Medical and sanitary report of the native army of Bengal for the year
Year: 1875
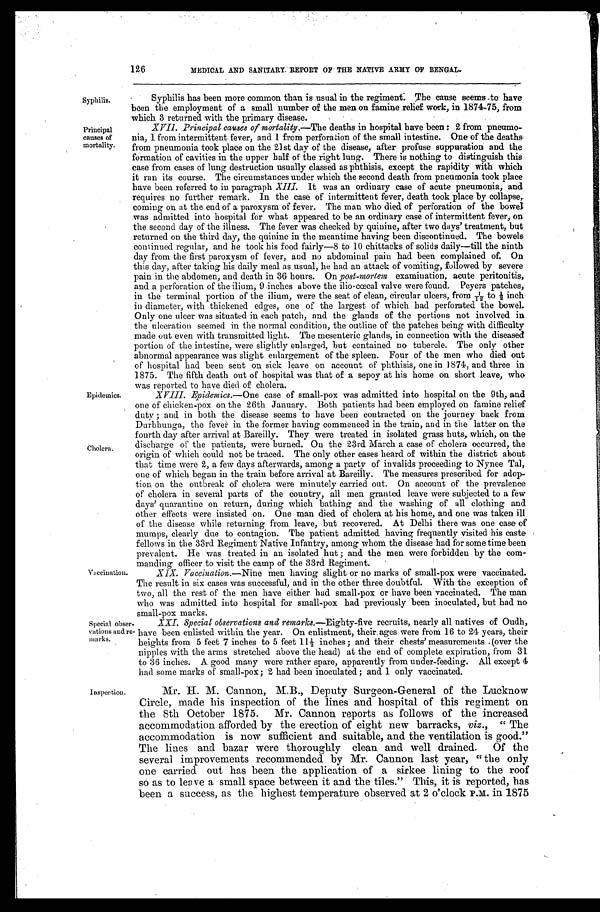
126
MEDICAL AND SANITARY REPORT OF THE NATIVE ARMY OF BENGAL.
Syphilis Syphilis has been more common than is usual in the regiment. The cause seems to have
been the employment of a small number of the men on famine relief work, in 1874-75, from
which 3 returned with the primary disease.
Principal
causes of
mortality.
XVII. Principal causes of mortality.— The deaths in hospital have been: 2 from pneumo-
nia, 1 from intermittent fever, and 1 from perforation of the small intestine. One of the deaths
from pneumonia took place on the 21st day of the disease, after profuse suppuration and the
formation of cavities in the upper half of the right lung. There is nothing to distinguish this
case from cases of lung destruction usually classed as phthisis, except the rapidity with which
it ran its course. The circumstances under which the second death from pneumonia took place
have been referred to in paragraph XIII. It was an ordinary case of acute pneumonia, and
requires no further remark. In the case of intermittent fever, death took place by collapse,
coming on at the end of a paroxysm of fever. The man who died of perforation of the bowel
was admitted into hospital for what appeared to be an ordinary case of intermittent fever, on
the second day of the illness. The fever was checked by quinine, after two days' treatment,
but returned on the third day, the quinine in the meantime having been discontinued. The bowels
continued regular, and he took his food fairly—8 to 10 chittacks of solids daily—till the ninth
day from the first paroxysm of fever, and no abdominal pain had been complained of. On
this day, after taking his daily meal as usual, he had an attack of vomiting, followed by severe
pain in the abdomen, and death in 36 hours. On post-mortem examination, acute peritonitis,
and a perforation of the ilium, 9 inches above the ilio-cœcal valve were found. Peyers patches,
in the terminal portion of the ilium, were the seat of clean, circular ulcers, from 1/12 to 1/2 inch
in diameter, with thickened edges, one of the largest of which bad perforated the bowel.
Only one ulcer was situated in each patch, and the glands of the portions not involved in
the ulceration seemed in the normal condition, the outline of the patches being with difficulty
made out even with transmitted light. The mesenteric glands, in connection with the diseased
portion of the intestine, were slightly enlarged, but contained no tubercle. The only other
abnormal appearance was slight enlargement of the spleen. Four of the men who died out
of hospital had been sent on sick leave on account of phthisis, one in 1874, and three in
1875. The fifth death out of hospital was that of a sepoy at his home on short leave, who
was reported to have died of cholera.
Epidemics.
Cholera.
XVIII. Epidemics.—One case of small-pox was admitted into hospital on the 9th, and
one of chicken-pox on the 26th January. Both patients had been employed on famine relief
duty; and in both the disease seems to have been contracted on the journey back from
Durbhunga, the fever in the former having commenced in the train, and in the latter on the
fourth day after arrival at Bareilly. They were treated in isolated grass huts, which, on the
discharge of the patients, were burned. On the 23rd March a case of cholera occurred, the
o r i g i n o f w h i c h c o u l d n o t b e t r a c e d . T h e o n l y o t h e r c a s e s h e a r d o f w i t h i n t h e d i s t r i c t a b o u t
that time were 2, a few days afterwards, among a party of invalids proceeding to Nynee Tal,
one of which began in the train before arrival at Bareilly. The measures prescribed for adop
- t i o n o n t h e o u t b r e a k o f c h o l e r a w e r e m i n u t e l y c a r r i e d o u t . O n a c c o u n t o f t h e p r e v a l e n c e
of cholera in several parts of the country, all men granted leave were subjected to a few
days' quarantine on return, during which bathing and the washing of all clothing and
other effects were insisted on. One man died of cholera at his home, and one was taken ill
of the disease while returning from leave, but recovered. At Delhi there was one case of
mumps, clearly due to contagion. The patient admitted having frequently visited his caste
fellows in the 33rd Regiment Native Infantry, among whom the disease had for some time been
prevalent. He was treated in an isolated hut; and the men were forbidden by the com
-
manding officer to visit the camp of the 33rd Regiment.
Vaccination.
XIX. Vaccination.—Nine men having slight or no marks of small-pox were vaccinated.
The result in six cases was successful, and in the other three doubtful. With the exception of
two, all the rest of the men have either had small-pox or have been vaccinated. The man
who was admitted into hospital for small-pox had previously been inoculated, but had no
small-pox marks.
Special obser-
vations and re-
marks.
XXI. Special observations and remarks. —Eighty-five recruits, nearly all natives of Oudh,
have been enlisted within the year. On enlistment, their ages were from 16 to 24 years, their
heights from 5 feet 7 inches to 5 feet 111/2 inches; and their chests' measurements (over the
nipples with the arms stretched above the head) at the end of complete expiration, from 31
to 36 inches. A good many were rather spare, apparently from under-feeding. All except 4
had some marks of small-pox; 2 had been inoculated; and 1 only vaccinated.
Inspection.
Mr. H. M. Cannon, M.B., Deputy Surgeon-General of the Lucknow
Circle, made his inspection of the lines and hospital of this regiment on
the 8th October 1875. Mr. Cannon reports as follows of the increased
accommodation afforded by the erection of eight new barracks, viz., "The
accommodation is now sufficient and suitable, and the ventilation is good."
The lines and bazar were thoroughly clean and well drained. Of the
several improvements recommended by Mr. Cannon last year, "the only
one carried out has been the application of a sirkee lining to the roof
so as to leave a small space between it and the tiles." This, it is reported, has
been a success, as the highest temperature observed at 2 o'clock P.M. in 1875